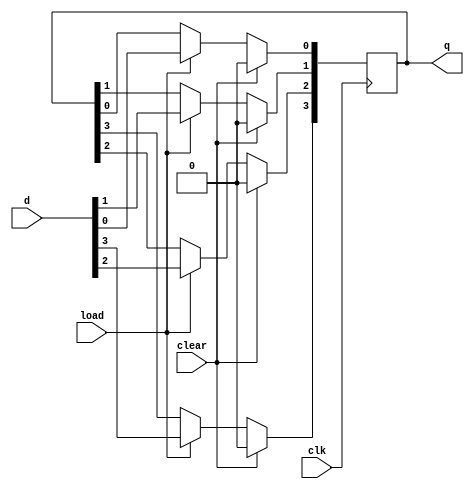
`timescale 1ns / 1ps
//////////////////////////////////////////////////////////////////////////////////
// Company: 
// Engineer: 
// 
// Design Name: 
// Module Name:    fourbitregister 
// Project Name: 
// Target Devices: 
// Tool versions: 
// Description: 
//
// Dependencies: 
//
// Revision: 
// Revision 0.01 - File Created
// Additional Comments: 
//
//////////////////////////////////////////////////////////////////////////////////
module fourbitregister(
    input [3:0] d,
	 input clk,
	 input load,clear,
	 output reg [3:0] q
	 );
	 always @(posedge clk)
	 begin
	 if(clear)
	 begin
	 q[0]<=0;
	 q[1]<=0;
	 q[2]<=0;
	 q[3]<=0;
	 end
	 else 
	 begin
	  if(load)
	  begin
	  q[0]<=d[0];
	  q[1]<=d[1];
	  q[2]<=d[2];
	  q[3]<=d[3];
	  end
	 end
    end
endmodule